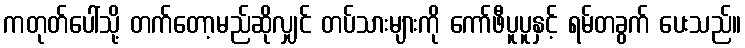
ကတုတ်ပေါ်သို့ တက်တော့မည်ဆိုလျှင် တပ်သားများကို ကော်ဖီပူပူနှင့် ရမ်တခွက် ပေးသည်။